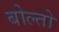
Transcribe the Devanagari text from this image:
बोल्तो